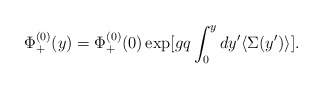
\begin{align*}\Phi^{(0)}_{+ }(y) =\Phi^{(0)}_{+ }(0)\exp [gq \int^y_0 dy' \langle \Sigma (y')\rangle ] .\end{align*}